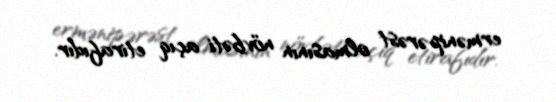
ermənipərəst olmasının növbəti açıq etirafıdır.